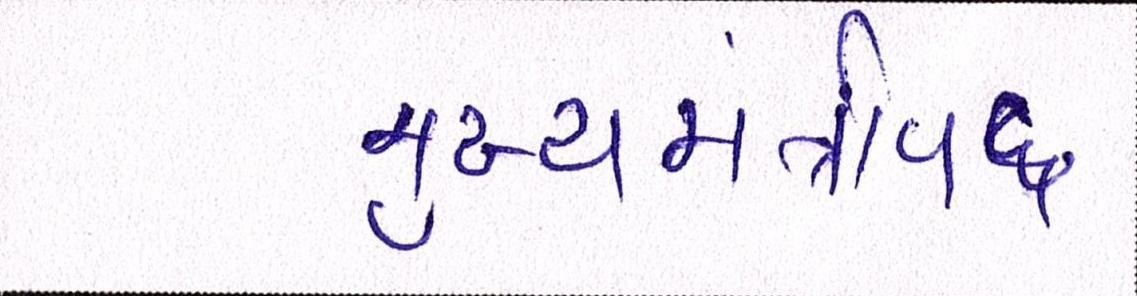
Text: મુખ્યમંત્રીપદ